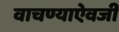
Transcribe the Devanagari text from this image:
वाचण्याऐवजी